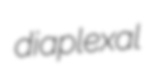
diaplexal